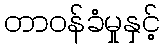
တာဝန်ခံမှုနှင့်